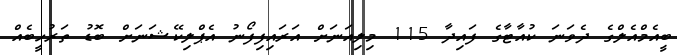
ބީއެމްއެލްގެ ދެވަނަ ކުއާޓާގެ ފައިދާ 115 މިލިއަނަށް އަރައިފިފޯނު އެޕްލިކޭޝަނަށް ބޮޑު ތަރުހީބެއް